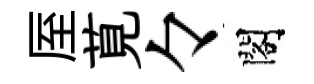
厔莧々閣